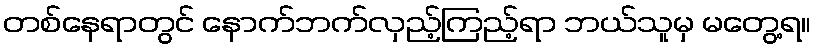
တစ်နေရာတွင် နောက်ဘက်လှည့်ကြည့်ရာ ဘယ်သူမှ မတွေ့ရ။